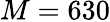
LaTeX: M=630